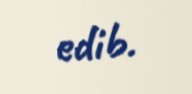
edib.